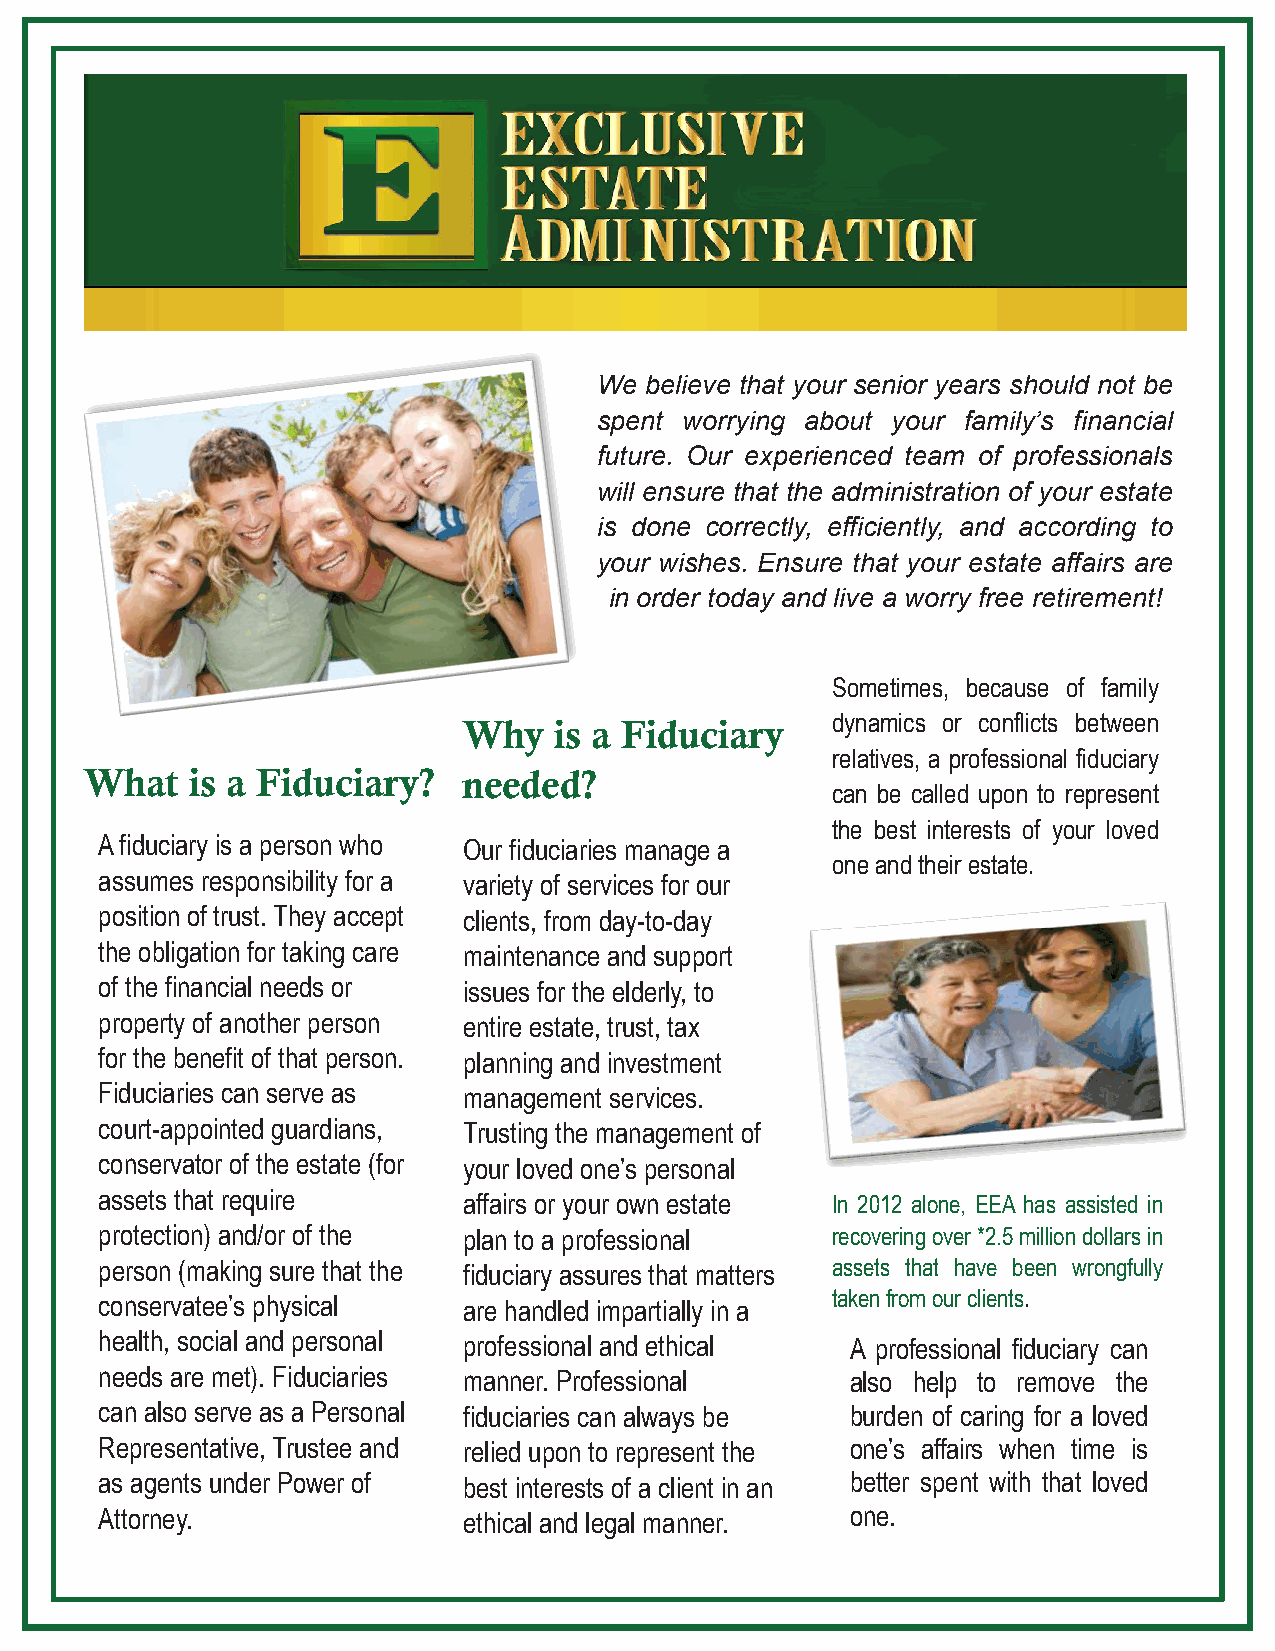
We believe that your senior years should not be
 spent worrying about your family’s financial
 future. Our experienced team of professionals
 will ensure that the administration of your estate
 is done correctly, efficiently, and according to
 your wishes. Ensure that your estate affairs are
 in order today and live a worry free retirement!
 Sometimes, because of family
 Why   is a Fiduciary    dynamics or conflicts between
 relatives, a professional fiduciary
 What    is a Fiduciary?   needed?
 can be called upon to represent
 the best interests of your loved
 A fiduciary is a person who Our fiduciaries manage a
 one and their estate.
 assumes responsibility for a variety of services for our
 position of trust. They accept clients, from day-to-day
 the obligation for taking care maintenance and support
 of the financial needs or issues for the elderly, to
 property of another person entire estate, trust, tax
 for the benefit of that person. planning and investment
 Fiduciaries can serve as management services.
 court-appointed guardians, Trusting the management of
 conservator of the estate (for your loved one’s personal
 assets that require     affairs or your own estate In 2012 alone, EEA has assisted in
 protection) and/or of the plan to a professional recovering over *2.5 million dollars in
 person (making sure that the fiduciary assures that matters assets that have been wrongfully
 conservatee’s physical  are handled impartially in a taken from our clients.
 health, social and personal professional and ethical A professional fiduciary can
 needs are met). Fiduciaries manner. Professional also help to remove the
 can also serve as a Personal fiduciaries can always be burden of caring for a loved
 Representative, Trustee and relied upon to represent the one’s affairs when time is
 as agents under Power of best interests of a client in an better spent with that loved
 Attorney.               ethical and legal manner. one.